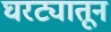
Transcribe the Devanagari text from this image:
घरट्यातून